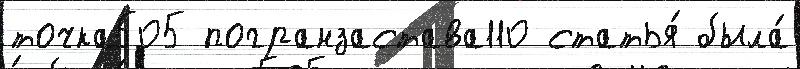
точка505 погранзастава110 статья́ была́